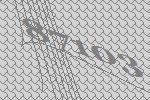
87103